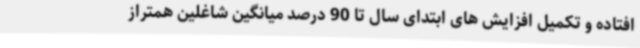
افتاده و تکمیل افزایش های ابتدای سال تا 90 درصد میانگین شاغلین همتراز